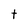
Character: t